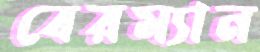
বেরম্যান